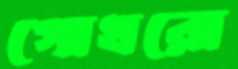
গোখরো